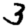
Digit: 3